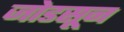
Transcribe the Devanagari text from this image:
जोडसून